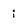
Character: i